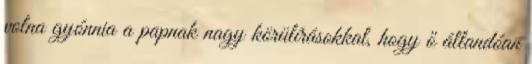
volna gyónnia a papnak nagy körülírásokkal, hogy ő állandóan